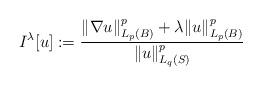
LaTeX: \begin{align*}I^\lambda[u] := \frac{\|\nabla u\|^p_{L_p(B)} + \lambda \|u\|^p_{L_p(B)}}{\|u\|^p_{L_q(S)}}\end{align*}